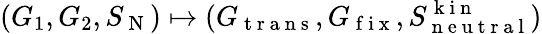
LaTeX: (G_{1},G_{2},S_{\mathrm{~N~}})\mapsto(G_{\mathrm{~t~r~a~n~s~}},G_{\mathrm{~f~i~x~}},S_{\mathrm{~n~e~u~t~r~a~l~}}^{\mathrm{~k~i~n~}})